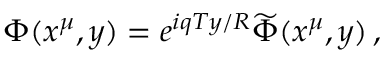
\Phi ( x ^ { \mu } , y ) = e ^ { i q T y / R } \widetilde \Phi ( x ^ { \mu } , y ) \, ,